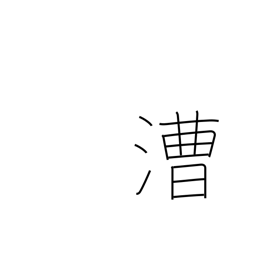
Meaning: rowing